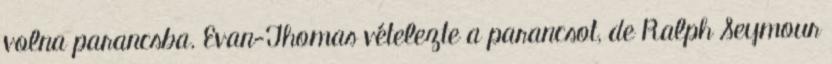
volna parancsba. Evan-Thomas vételezte a parancsot, de Ralph Seymour